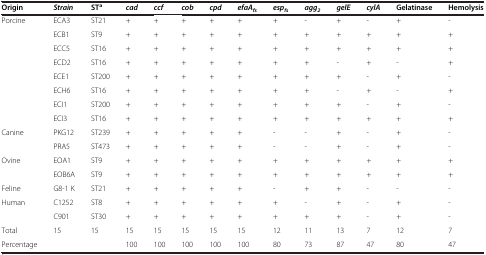
<table><thead><tr><td><b>Origin</b></td><td><b><i>Strain</i></b></td><td><b>ST<sup>a</sup></b></td><td><b><i>cad</i></b></td><td><b><i>ccf</i></b></td><td><b><i>cob</i></b></td><td><b><i>cpd</i></b></td><td><b><i>efaA</i><sub><i>fs</i></sub></b></td><td><b><i>esp</i><sub><i>fs</i></sub></b></td><td><b><i>agg</i><sub><i>2</i></sub></b></td><td><b><i>gelE</i></b></td><td><b><i>cylA</i></b></td><td><b>Gelatinase</b></td><td><b>Hemolysis</b></td></tr></thead><tbody><tr><td>Porcine</td><td>ECA3</td><td>ST21</td><td>+</td><td>+</td><td>+</td><td>+</td><td>+</td><td>+</td><td>-</td><td>+</td><td>-</td><td>+</td><td>-</td></tr><tr><td>[EMPTY_CELL]</td><td>ECB1</td><td>ST9</td><td>+</td><td>+</td><td>+</td><td>+</td><td>+</td><td>+</td><td>+</td><td>+</td><td>+</td><td>+</td><td>+</td></tr><tr><td>[EMPTY_CELL]</td><td>ECC5</td><td>ST16</td><td>+</td><td>+</td><td>+</td><td>+</td><td>+</td><td>+</td><td>+</td><td>+</td><td>+</td><td>+</td><td>+</td></tr><tr><td>[EMPTY_CELL]</td><td>ECD2</td><td>ST16</td><td>+</td><td>+</td><td>+</td><td>+</td><td>+</td><td>+</td><td>+</td><td>-</td><td>+</td><td>-</td><td>+</td></tr><tr><td>[EMPTY_CELL]</td><td>ECE1</td><td>ST200</td><td>+</td><td>+</td><td>+</td><td>+</td><td>+</td><td>+</td><td>+</td><td>+</td><td>-</td><td>+</td><td>-</td></tr><tr><td>[EMPTY_CELL]</td><td>ECH6</td><td>ST16</td><td>+</td><td>+</td><td>+</td><td>+</td><td>+</td><td>+</td><td>+</td><td>-</td><td>+</td><td>-</td><td>+</td></tr><tr><td>[EMPTY_CELL]</td><td>ECI1</td><td>ST200</td><td>+</td><td>+</td><td>+</td><td>+</td><td>+</td><td>+</td><td>+</td><td>+</td><td>-</td><td>+</td><td>-</td></tr><tr><td>[EMPTY_CELL]</td><td>ECI3</td><td>ST16</td><td>+</td><td>+</td><td>+</td><td>+</td><td>+</td><td>+</td><td>+</td><td>+</td><td>+</td><td>+</td><td>+</td></tr><tr><td>Canine</td><td>PKG12</td><td>ST239</td><td>+</td><td>+</td><td>+</td><td>+</td><td>+</td><td>-</td><td>-</td><td>+</td><td>-</td><td>+</td><td>-</td></tr><tr><td>[EMPTY_CELL]</td><td>PRA5</td><td>ST473</td><td>+</td><td>+</td><td>+</td><td>+</td><td>+</td><td>-</td><td>-</td><td>+</td><td>-</td><td>+</td><td>-</td></tr><tr><td>Ovine</td><td>EOA1</td><td>ST9</td><td>+</td><td>+</td><td>+</td><td>+</td><td>+</td><td>+</td><td>+</td><td>+</td><td>+</td><td>+</td><td>+</td></tr><tr><td>[EMPTY_CELL]</td><td>EOB6A</td><td>ST9</td><td>+</td><td>+</td><td>+</td><td>+</td><td>+</td><td>+</td><td>+</td><td>+</td><td>+</td><td>+</td><td>+</td></tr><tr><td>Feline</td><td>G8-1 K</td><td>ST21</td><td>+</td><td>+</td><td>+</td><td>+</td><td>+</td><td>-</td><td>+</td><td>+</td><td>-</td><td>-</td><td>-</td></tr><tr><td>Human</td><td>C1252</td><td>ST8</td><td>+</td><td>+</td><td>+</td><td>+</td><td>+</td><td>+</td><td>-</td><td>+</td><td>-</td><td>+</td><td>-</td></tr><tr><td>[EMPTY_CELL]</td><td>C901</td><td>ST30</td><td>+</td><td>+</td><td>+</td><td>+</td><td>+</td><td>+</td><td>+</td><td>+</td><td>-</td><td>+</td><td>-</td></tr><tr><td>Total</td><td>15</td><td>15</td><td>15</td><td>15</td><td>15</td><td>15</td><td>15</td><td>12</td><td>11</td><td>13</td><td>7</td><td>12</td><td>7</td></tr><tr><td>Percentage</td><td>[EMPTY_CELL]</td><td>[EMPTY_CELL]</td><td>100</td><td>100</td><td>100</td><td>100</td><td>100</td><td>80</td><td>73</td><td>87</td><td>47</td><td>80</td><td>47</td></tr></tbody></table>